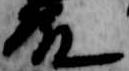
殿